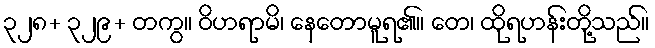
၃၂၈+ ၃၂၉+ တကွ။ ဝိဟရာမိ၊ နေတောမူရ၏။ တေ၊ ထိုရဟန်းတို့သည်။